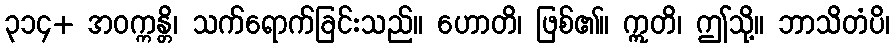
၃၁၄+ အဝက္ကန္တိ၊ သက်ရောက်ခြင်းသည်။ ဟောတိ၊ ဖြစ်၏။ ဣတိ၊ ဤသို့။ ဘာသိတံပိ၊